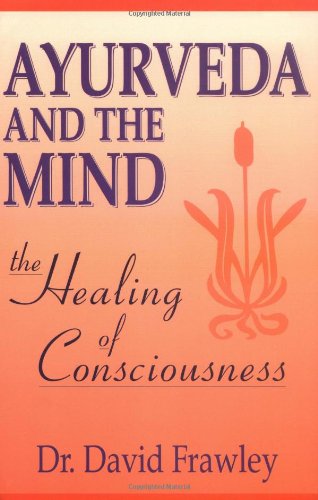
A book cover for Ayurveda and the Mind: The Healing of Consciousness; David Dr. Frawley; Health, Fitness & Dieting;